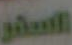
السفر